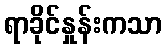
ရာခိုင်နှုန်းကသာ